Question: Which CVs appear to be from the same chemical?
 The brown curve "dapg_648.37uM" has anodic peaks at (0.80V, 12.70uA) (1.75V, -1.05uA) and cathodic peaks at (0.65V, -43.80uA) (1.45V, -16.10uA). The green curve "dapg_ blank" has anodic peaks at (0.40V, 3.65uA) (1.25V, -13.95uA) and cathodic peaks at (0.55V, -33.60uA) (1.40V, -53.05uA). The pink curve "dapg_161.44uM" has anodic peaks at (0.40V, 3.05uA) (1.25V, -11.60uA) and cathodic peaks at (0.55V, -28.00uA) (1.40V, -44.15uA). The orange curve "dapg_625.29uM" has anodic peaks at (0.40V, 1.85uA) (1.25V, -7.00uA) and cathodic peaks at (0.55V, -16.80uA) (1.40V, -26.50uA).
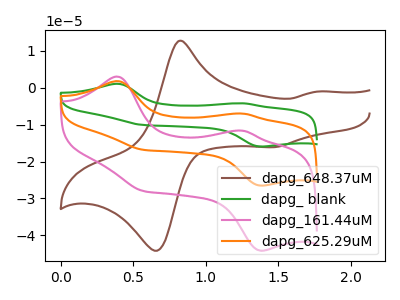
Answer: <think>"dapg_648.37uM" and "dapg_ blank" have at least one peak that do not match. "dapg_648.37uM" and "dapg_161.44uM" have at least one peak that do not match. "dapg_648.37uM" and "dapg_625.29uM" have at least one peak that do not match. All the peaks in "dapg_ blank" have a peak in "dapg_161.44uM" at the same potential. All the peaks in "dapg_ blank" have a peak in "dapg_625.29uM" at the same potential. All the peaks in "dapg_161.44uM" have a peak in "dapg_625.29uM" at the same potential.
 </think>
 <answer>"dapg_161.44uM", "dapg_ blank" and "dapg_625.29uM" have the same shape and are likely CV's of the same chemical.</answer>
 <eval>"dapg_161.44uM" "dapg_ blank" "dapg_625.29uM"</eval>